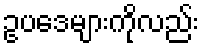
ဥပဒေများကိုလည်း